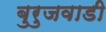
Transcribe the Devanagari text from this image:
बुरुजवाडी